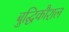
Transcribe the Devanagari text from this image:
बुद्धिकौशल